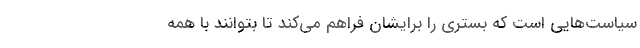
سیاست‌هایی است که بستری را برایشان فراهم می‌کند تا بتوانند با همه